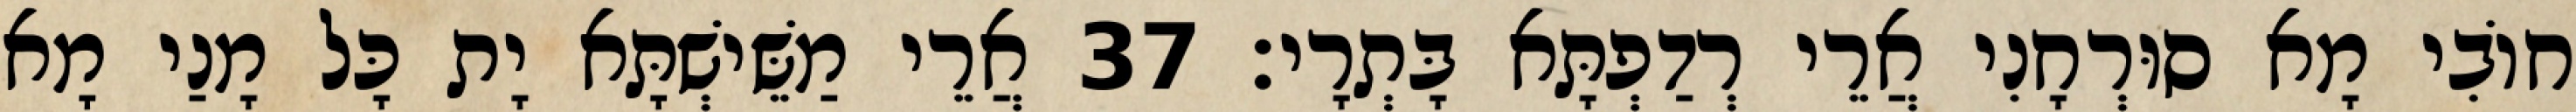
חוֹבִי מָא סוּרְחָנִי אֲרֵי רְדַפְתָּא בָּתְרָי׃ 37 אֲרֵי מַשֵּׁישְׁתָּא יָת כָּל מָנַי מָא